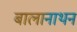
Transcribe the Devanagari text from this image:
बालानाथन